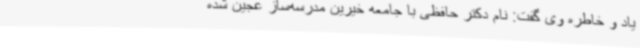
یاد و خاطره وی گفت: نام دکتر حافظی با جامعه خیرین مدرسه‌ساز عجین شده